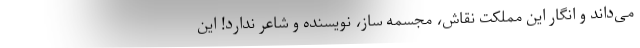
می‌داند و انگار این مملکت نقاش، مجسمه ساز، نویسنده و شاعر ندارد! این